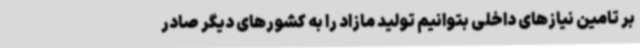
بر تامین نیازهای داخلی بتوانیم تولید مازاد را به کشورهای دیگر صادر